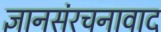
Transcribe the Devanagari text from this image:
ज्ञानसंरचनावाद